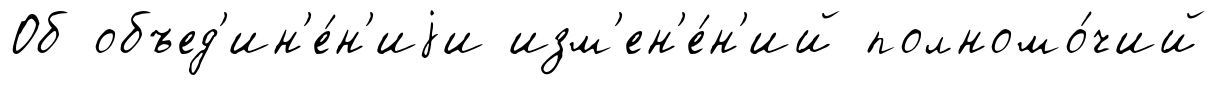
Об объед'ин'е́н'иjи изм'ен'е́н'ий полномо́чий